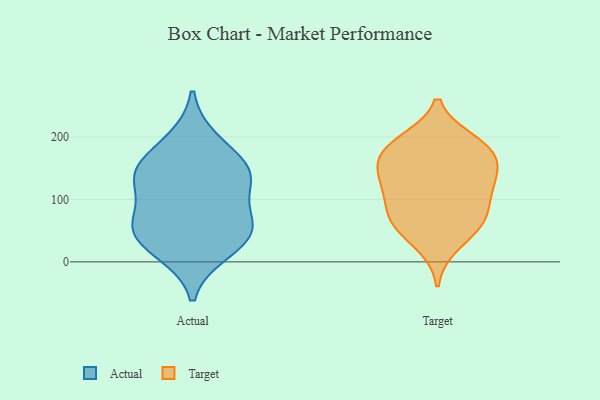
{"axis": {"x": "Latency (ms)", "y": "Value"}, "legend": ["Actual", "Target"], "data": [{"x": "", "y": 144, "type": "Actual"}, {"x": "", "y": 150, "type": "Actual"}, {"x": "", "y": 17, "type": "Actual"}, {"x": "", "y": 56, "type": "Actual"}, {"x": "", "y": 64, "type": "Actual"}, {"x": "", "y": 132, "type": "Actual"}, {"x": "", "y": 132, "type": "Actual"}, {"x": "", "y": 35, "type": "Actual"}, {"x": "", "y": 60, "type": "Actual"}, {"x": "", "y": 194, "type": "Actual"}, {"x": "", "y": 59, "type": "Target"}, {"x": "", "y": 121, "type": "Target"}, {"x": "", "y": 166, "type": "Target"}, {"x": "", "y": 113, "type": "Target"}, {"x": "", "y": 112, "type": "Target"}, {"x": "", "y": 170, "type": "Target"}, {"x": "", "y": 179, "type": "Target"}, {"x": "", "y": 75, "type": "Target"}, {"x": "", "y": 67, "type": "Target"}, {"x": "", "y": 193, "type": "Target"}, {"x": "", "y": 194, "type": "Target"}, {"x": "", "y": 145, "type": "Target"}, {"x": "", "y": 65, "type": "Target"}, {"x": "", "y": 27, "type": "Target"}, {"x": "", "y": 144, "type": "Target"}]}